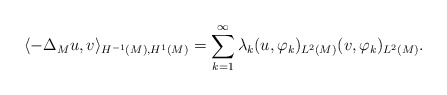
\begin{align*}\langle -\Delta_M u, v \rangle_{H^{-1}(M), H^1(M)} = \sum_{k=1}^\infty \lambda_k (u,\varphi_k)_{L^2(M)}(v,\varphi_k)_{L^2(M)}.\end{align*}